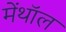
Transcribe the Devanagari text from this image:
मेंथॉल